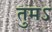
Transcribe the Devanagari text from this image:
तुमऽ